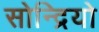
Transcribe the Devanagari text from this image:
सोन्द्रियो